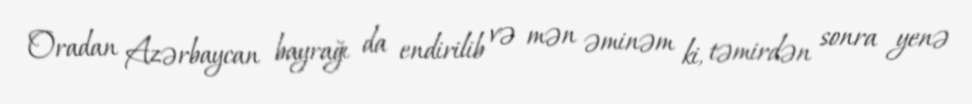
Oradan Azərbaycan bayrağı da endirilib və mən əminəm ki, təmirdən sonra yenə